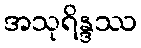
အသုရိန္ဒဿ